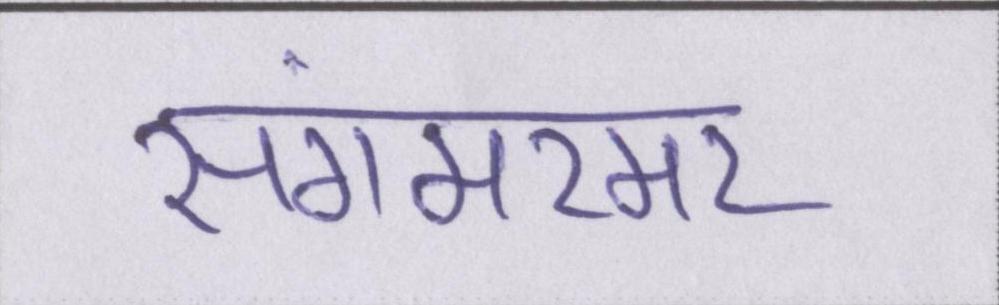
संगमरमर